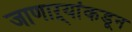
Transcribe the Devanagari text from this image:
जाणाऱ्यांकडून